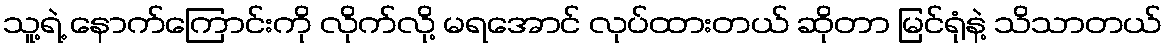
သူ့ရဲ့ နောက်ကြောင်းကို လိုက်လို့ မရအောင် လုပ်ထားတယ် ဆိုတာ မြင်ရုံနဲ့ သိသာတယ်